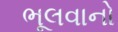
ભૂલવાનો